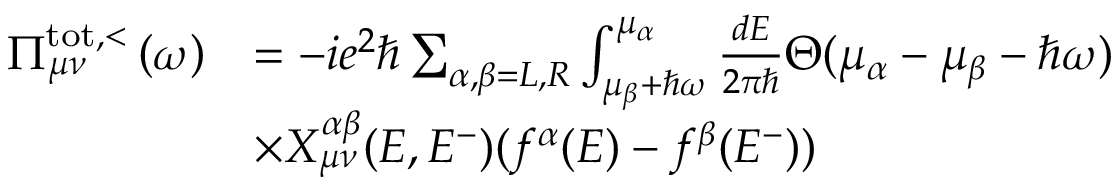
\begin{array} { r l } { \Pi _ { \mu \nu } ^ { \mathrm { t o t , < } } \left( \omega \right) } & { = - i e ^ { 2 } \hbar \sum _ { \alpha , \beta = L , R } \int _ { \mu _ { \beta } + \hbar \omega } ^ { \mu _ { \alpha } } \frac { d E } { 2 \pi \hbar } \Theta ( \mu _ { \alpha } - \mu _ { \beta } - \hbar \omega ) } \\ & { \times X _ { \mu \nu } ^ { \alpha \beta } ( E , E ^ { - } ) ( f ^ { \alpha } ( E ) - f ^ { \beta } ( E ^ { - } ) ) } \end{array}